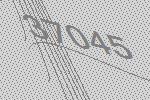
37045